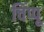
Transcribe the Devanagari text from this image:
चिंप्पू